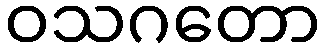
ဝသဂတော